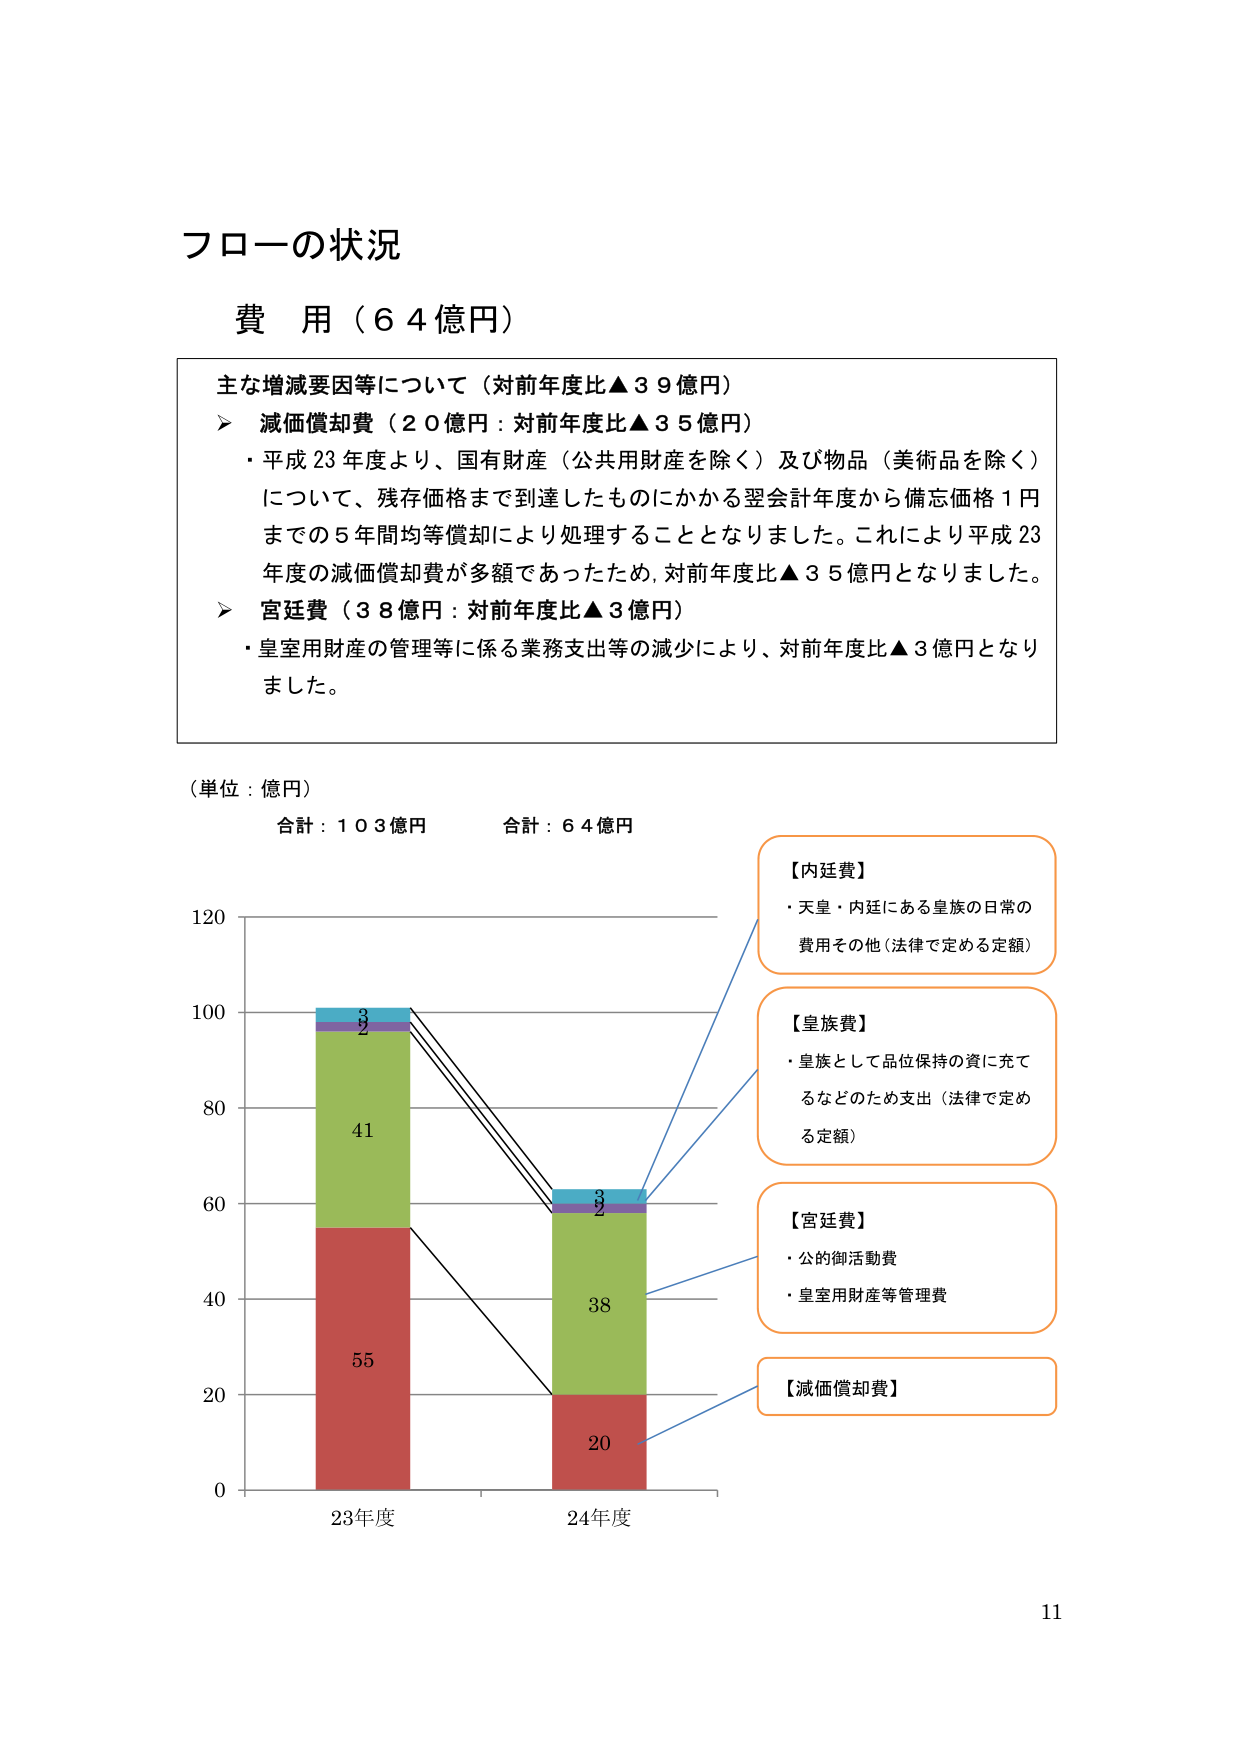
フローの状況

費用（６４億円）

主な増減要因等について（対前年度比▲３９億円）
➤ 減価償却費（２０億円：対前年度比▲３５億円）
・平成23年度より、国有財産（公共用財産を除く）及び物品（美術品を除く）
について、残存価格まで到達したものにかかる翌会計年度から備忘価格１円
までの５年間均等償却により処理することとなりました。これにより平成23
年度の減価償却費が多額であったため、対前年度比▲３５億円となりました。
➤ 宮廷費（３８億円：対前年度比▲３億円）
・皇室用財産の管理等に係る業務支出等の減少により、対前年度比▲３億円となり
ました。

（単位：億円）
合計：１０３億円　　　合計：６４億円

【内廷費】
・天皇・内廷にある皇族の日常の
費用その他（法律で定める定額）

【皇族費】
・皇族として品位保持の資に充て
るなどのため支出（法律で定め
る定額）

【宮廷費】
・公的御活動費
・皇室用財産等管理費

【減価償却費】

120
100
80
60
40
20
0

3
2
41
55
3
2
38
20

23年度　　　　　24年度

11